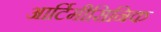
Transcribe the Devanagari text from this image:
आर्टिमीसिनिक